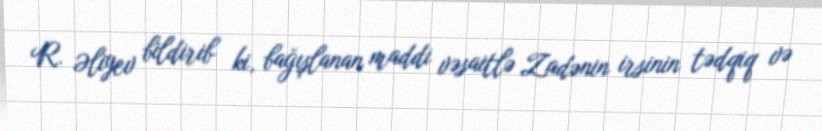
R. Əliyev bildirib ki, bağışlanan maddi vəsaitlə Zadənin irsinin tədqiq və